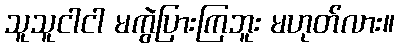
သူသူငါငါ မကွဲပြားကြဘူး မဟုတ်လား။